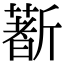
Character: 𣃈